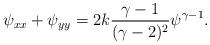
LaTeX: \begin{align*}\psi_{xx}+\psi_{yy}=2k{{\gamma-1}\over{(\gamma-2)^2}}\psi^{\gamma-1}.\end{align*}